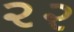
૨૨